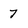
Character: 7